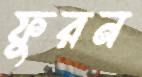
ফুরন